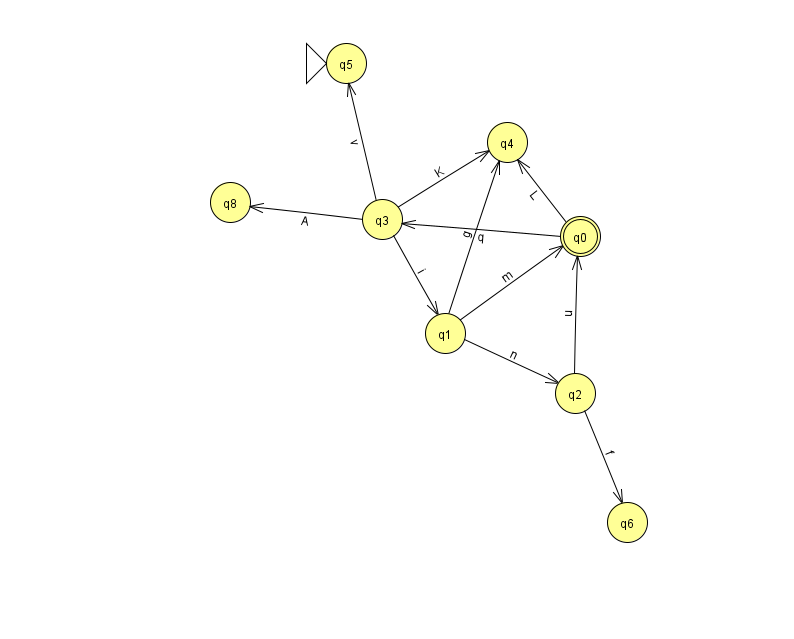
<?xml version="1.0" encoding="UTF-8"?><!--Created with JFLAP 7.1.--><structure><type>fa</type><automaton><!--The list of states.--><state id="0" name="q0"><x>580.0</x><y>223.0</y><final/></state><state id="1" name="q1"><x>445.0</x><y>320.0</y></state><state id="2" name="q2"><x>575.0</x><y>380.0</y></state><state id="3" name="q3"><x>382.0</x><y>206.0</y></state><state id="4" name="q4"><x>507.0</x><y>129.0</y></state><state id="5" name="q5"><x>346.0</x><y>50.0</y><initial/></state><state id="6" name="q6"><x>627.0</x><y>509.0</y></state><state id="8" name="q8"><x>230.0</x><y>189.0</y></state><!--The list of transitions.--><transition><from>1</from><to>4</to><read>g</read></transition><transition><from>3</from><to>4</to><read>K</read></transition><transition><from>3</from><to>1</to><read>i</read></transition><transition><from>3</from><to>5</to><read>v</read></transition><transition><from>1</from><to>2</to><read>n</read></transition><transition><from>0</from><to>3</to><read>q</read></transition><transition><from>1</from><to>0</to><read>m</read></transition><transition><from>2</from><to>0</to><read>u</read></transition><transition><from>0</from><to>4</to><read>L</read></transition><transition><from>3</from><to>8</to><read>A</read></transition><transition><from>2</from><to>6</to><read>f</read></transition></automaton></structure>